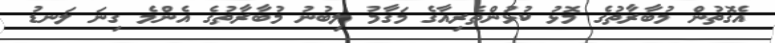
އެގޮތުން މުބާރާތުގެ މޮޅު ކުޅުންތެރިއާގެ މަގާމު ލިބުނު މުބާރާތުގެ އެންމެ ގިނަ ލަނޑު